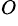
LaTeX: ^O